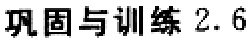
巩固与训练 2.6